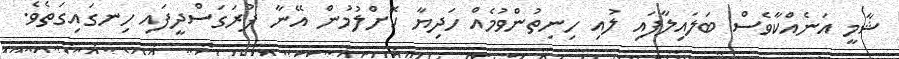
ޝާމީ އަނެއްކާވެސް ބަލައިލާފައި ލުއި ހިނިތުންވުމެއް ހަދިޔާ ކޮށްލުމުން އޭނާ ފުރަގަސްދީފައި ހިނގައިގަތެވެ.